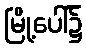
မြို့ပေါ်၌